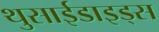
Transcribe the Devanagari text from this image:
थुसाईडाइड्स